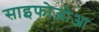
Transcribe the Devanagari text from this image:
साइफोज़ोआ